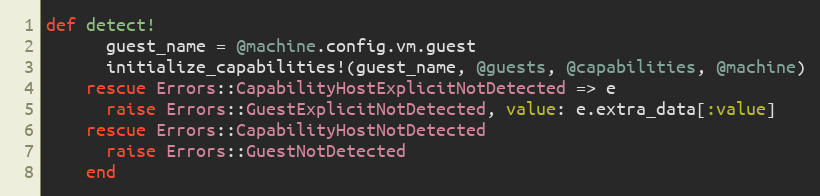
Language: Ruby
def detect!
      guest_name = @machine.config.vm.guest
      initialize_capabilities!(guest_name, @guests, @capabilities, @machine)
    rescue Errors::CapabilityHostExplicitNotDetected => e
      raise Errors::GuestExplicitNotDetected, value: e.extra_data[:value]
    rescue Errors::CapabilityHostNotDetected
      raise Errors::GuestNotDetected
    end